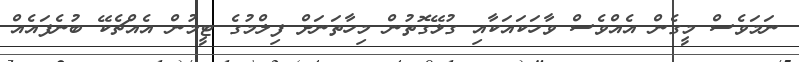
ނަމަވެސް މީގެން އެއްވެސް ވާހަކައަކާއި ގުޅޭގޮތުން މިހާތަނަށް ފިލްމުގެ ޓީމުން އެއްޗެކޭ ބުނެފައެއް